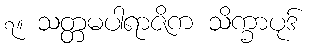
၇။ သတ္တမပါရာဇိက သိက္ခာပုဒ်